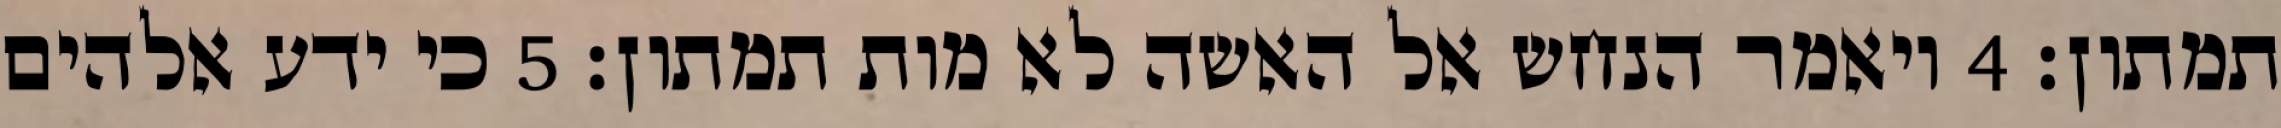
תמתון׃ ‎4‏ ויאמר הנחש אל האשה לא מות תמתון׃ ‎5‏ כי ידע אלהים